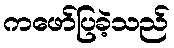
ကဖော်ပြခဲ့သည်